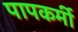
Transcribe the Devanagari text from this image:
पापकर्मी